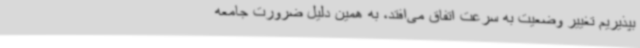
بپذیریم تغییر وضعیت به سرعت اتفاق می‌افتد، به همین دلیل ضرورت جامعه